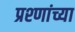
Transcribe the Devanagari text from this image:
प्रश्णांच्या